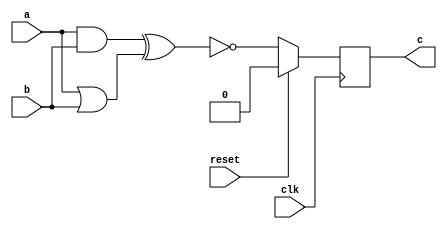
module test(clk,reset,a,b,c);

input clk;   //
input reset; // 

input a;     //
input b;     // 

output c;//

wire tamp1;  //wire
wire tamp2;  //wire

reg tamp3;  //reg


assign tamp1 = a & b;  //and
assign tamp2 = a | b;  //or
assign c = tamp3;

always@(posedge clk)begin //clock
  if(reset)
    tamp3 <= 0; //reset1
  else
    tamp3 <= ~(tamp1 ^ tamp2); //xnor
end
endmodule